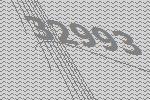
32993